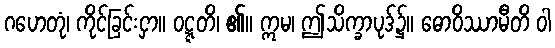
ဂဟေတုံ၊ ကိုင်ခြင်းငှာ။ ဝဋ္ဋတိ၊ ၏။ ဣမ၊ ဤသိက္ခာပုဒ်၌။ ဓောဝိဿာမီတိ ဝါ